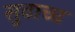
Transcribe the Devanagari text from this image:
सुवाच्च